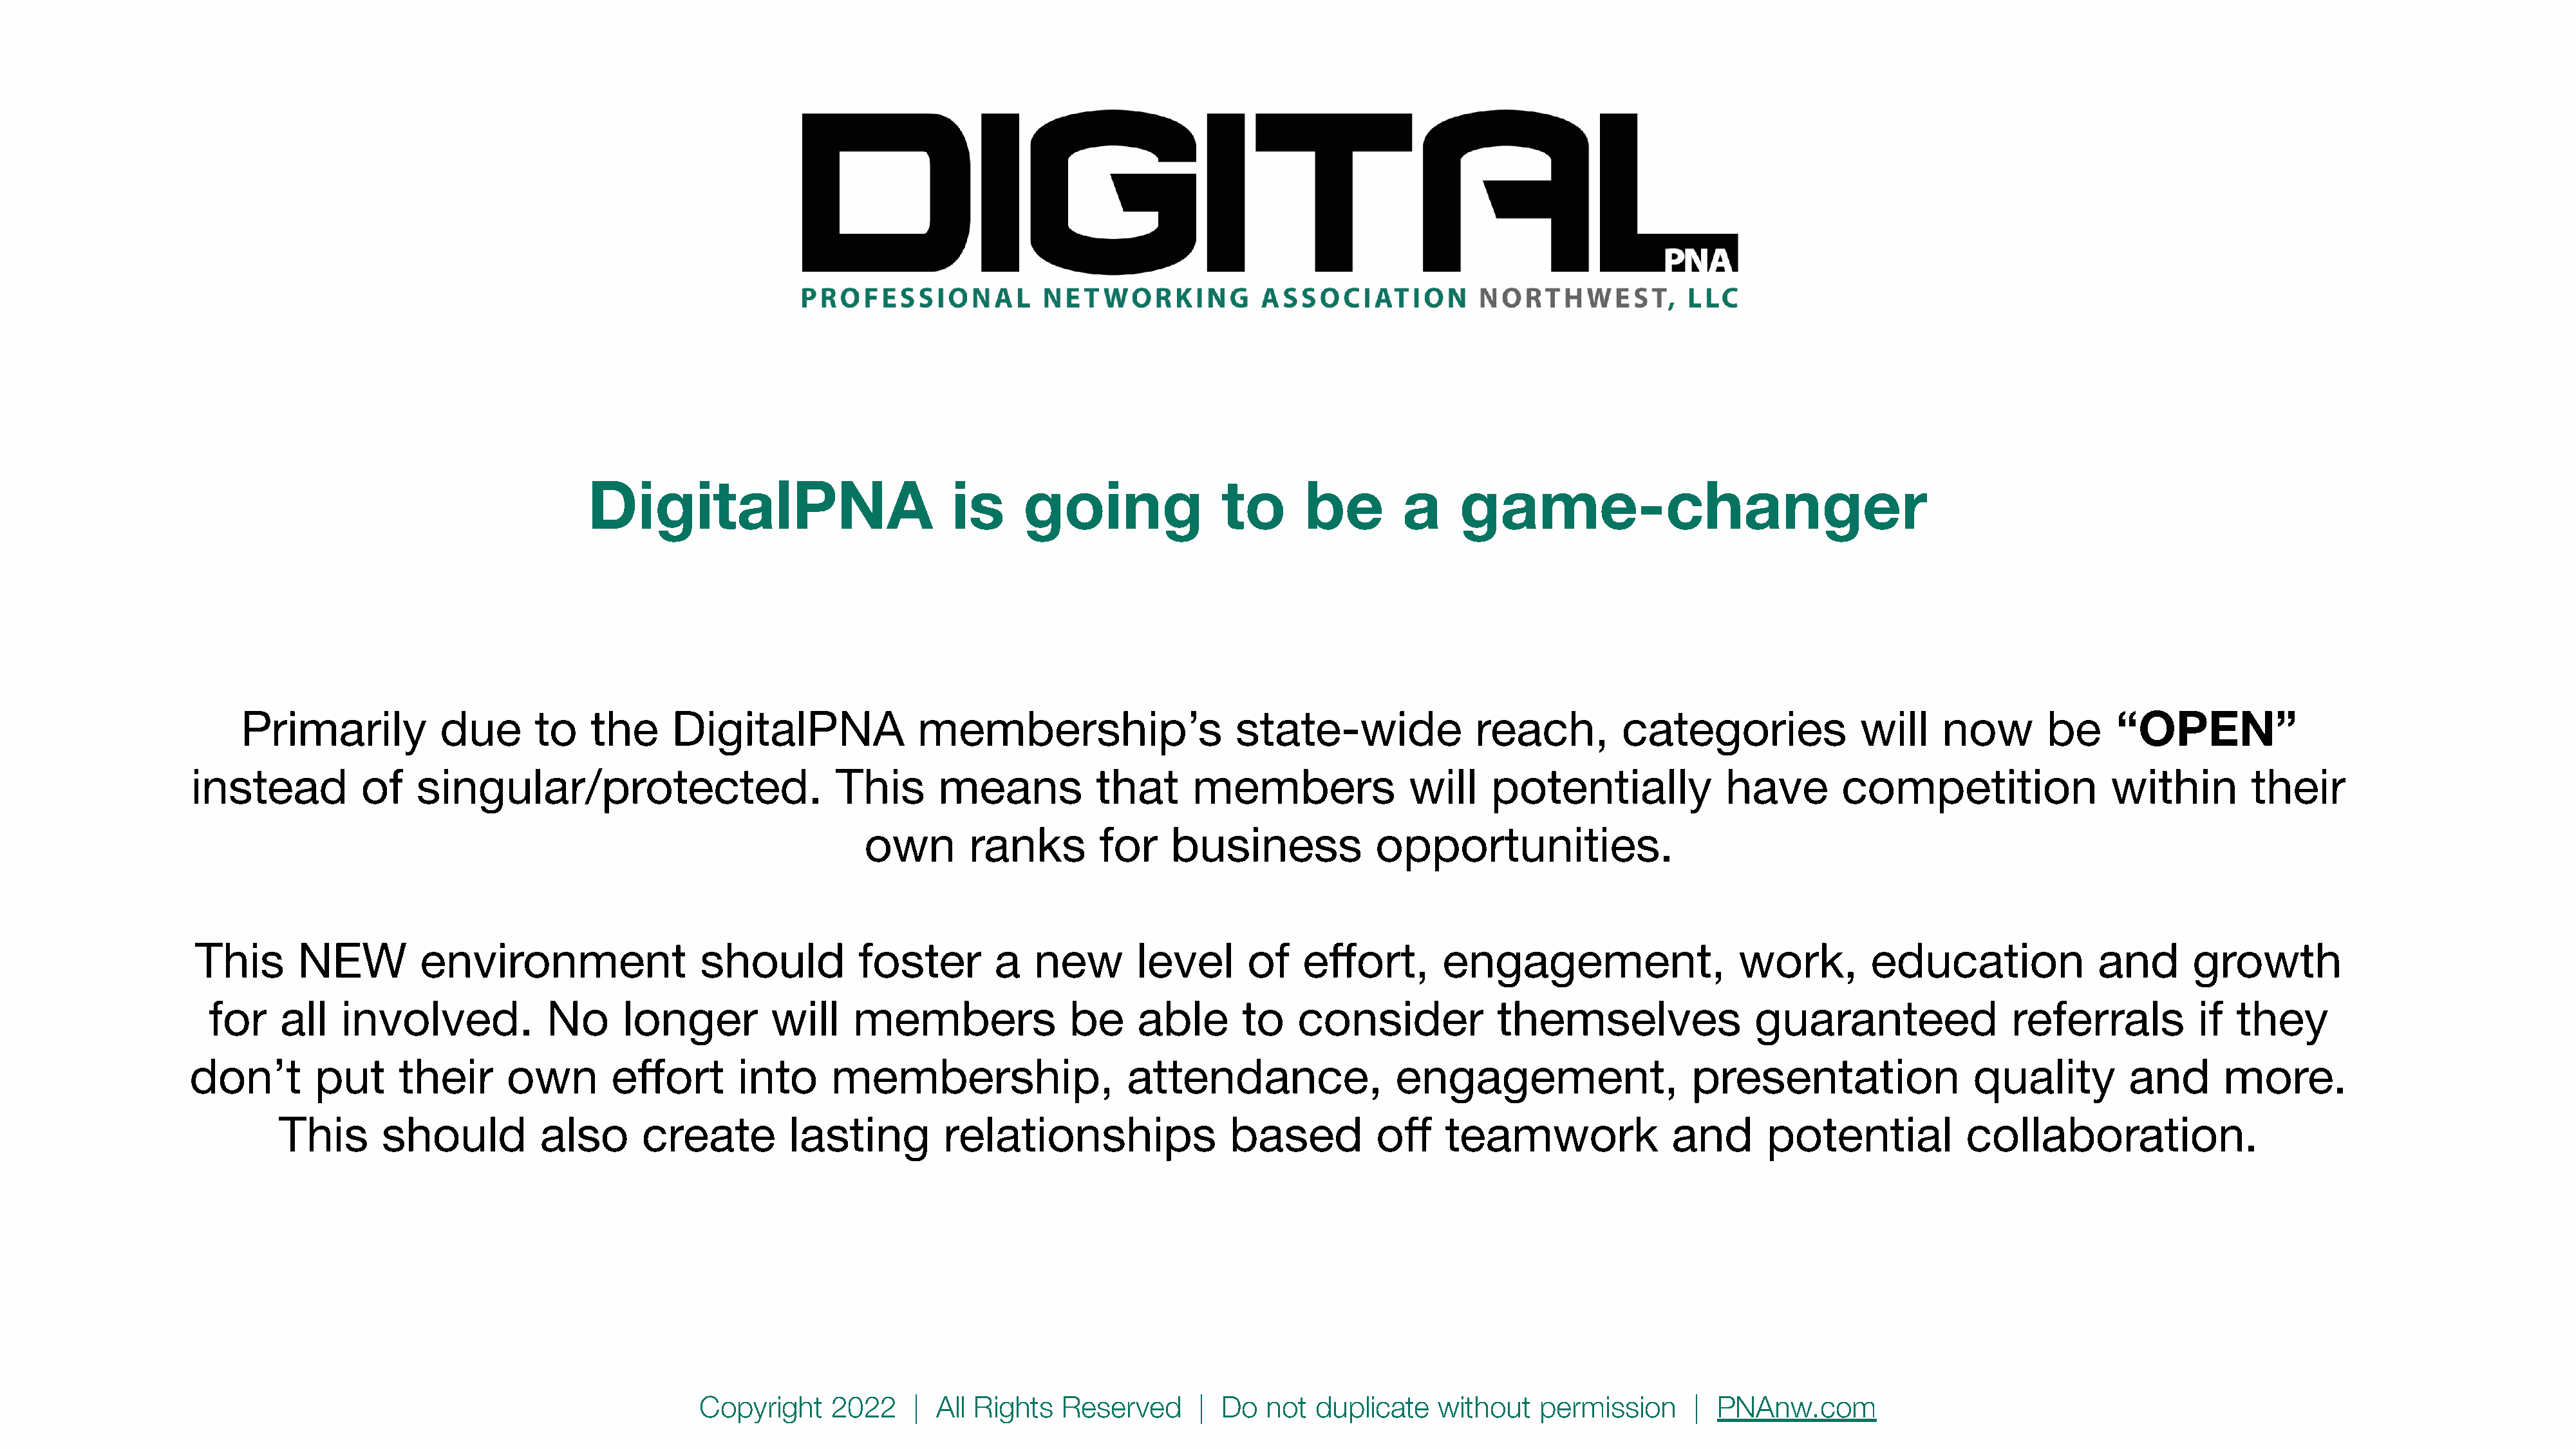
DigitalPNA                            is     going                to      be        a     game-changer
 Primarily           due       to    the     DigitalPNA               membership’s                     state-wide               reach,         categories              will     now       be      “OPEN”
 instead          of    singular/protected.                        This      means            that      members               will    potentially             have        competition                 within        their
 own        ranks        for    business             opportunities.
 This       NEW         environment                  should          foster        a   new        level      of    effort,       engagement,                    work,        education               and      growth
 for     all   involved.            No      longer         will     members               be     able       to   consider             themselves                guaranteed                 referrals          if  they
 don’t        put      their      own        effort       into     membership,                    attendance,                engagement,                    presentation                 quality         and       more.
 This      should           also      create         lasting         relationships                based          off     teamwork               and       potential           collaboration.
 Copyright    2022     | All Rights   Reserved      |  Do  not  duplicate    without   permission      |  PNAnw.com